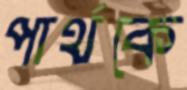
পার্থকে